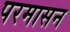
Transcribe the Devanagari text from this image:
परमासन